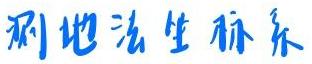
刷地法生胚乐